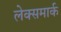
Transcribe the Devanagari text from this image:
लेक्समार्क